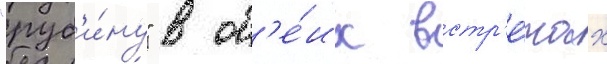
"руб'и́ну" в об'е́их встр'е́чах